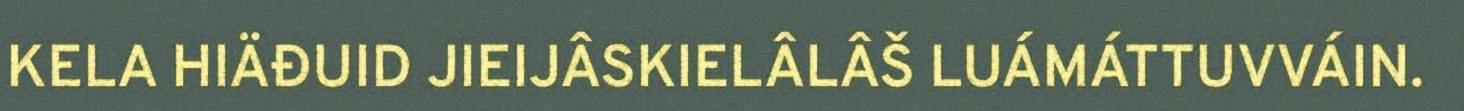
KELA HIÄĐUID JIEIJÂSKIELÂLÂŠ LUÁMÁTTUVVÁIN.